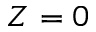
Z = 0